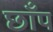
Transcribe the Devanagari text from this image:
छाँप